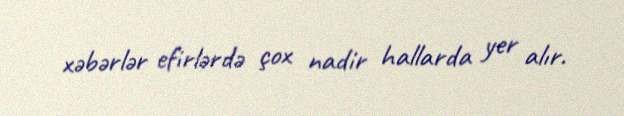
xəbərlər efirlərdə çox nadir hallarda yer alır.